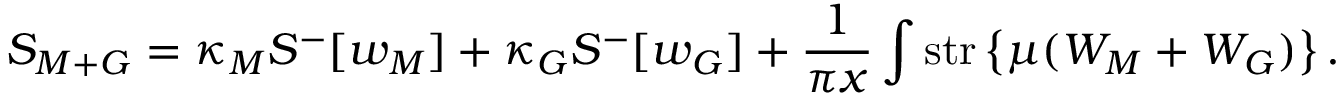
S _ { M + G } = \kappa _ { M } { \cal S } ^ { - } [ w _ { M } ] + \kappa _ { G } { \cal S } ^ { - } [ w _ { G } ] + \frac { 1 } { \pi x } \int \mathrm { s t r } \left\{ \mu ( W _ { M } + W _ { G } ) \right\} .